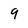
Character: 9